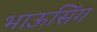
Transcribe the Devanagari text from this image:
भाऊसिंग